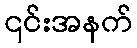
၎င်းအနက်